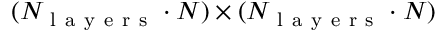
( N _ { \mathrm { ~ l ~ a ~ y ~ e ~ r ~ s ~ } } \cdot N ) \times ( N _ { \mathrm { ~ l ~ a ~ y ~ e ~ r ~ s ~ } } \cdot N )